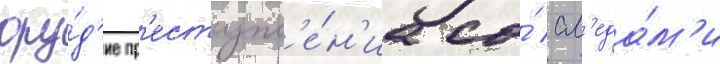
ору́д'ие пр'еступл'е́н'иа со́ сл'еда́м'и